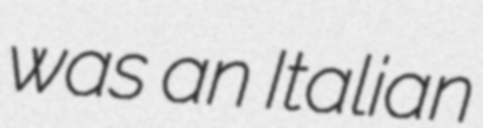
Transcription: was an Italian